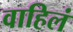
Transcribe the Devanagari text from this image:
वाहिलं